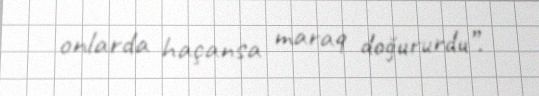
onlarda haçansa maraq doğururdu”.